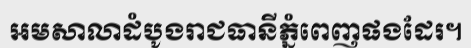
អមសាលាដំបូងរាជធានីភ្នំពេញផងដែរ។